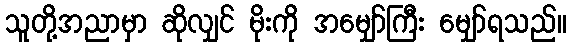
သူတို့အညာမှာ ဆိုလျှင် မိုးကို အမျှော်ကြီး မျှော်ရသည်။